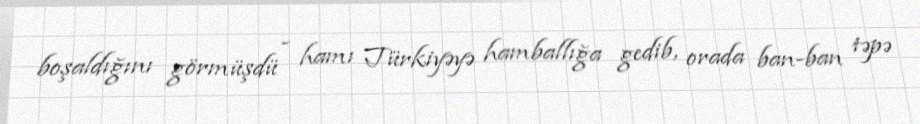
boşaldığını görmüşdü - hamı Türkiyəyə hamballığa gedib, orada ban-ban təpə